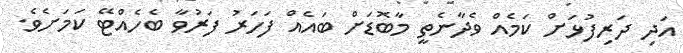
އަދި ދަރިފުޅަށް ކަމެއް ވެދާނެތީ މާބޮޑަށް ބައެއް ފަހަރު ފަރުވާ ބެހެއްޓޭ ކަމަށެވެ.